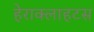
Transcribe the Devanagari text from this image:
हेराक्लाहटस